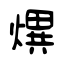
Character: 熼